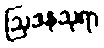
ဩဒနသုရာ